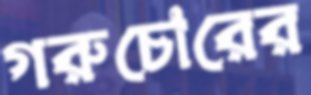
গরুচোরের